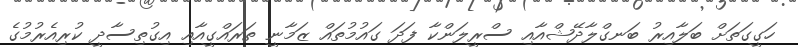
ހަގީގަތަށް ބަލާއިރު ބަނގްލާދޭޝްއާއި ސްރީލަންކާ ފަދަ ގައުމުތައް ޒަމާނީ ތަރައްގީއާއި އިގުތިސާދީ ކުރިއެރުމުގެ